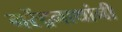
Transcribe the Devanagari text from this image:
नरेंद्रनाथांनी